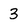
Character: 3